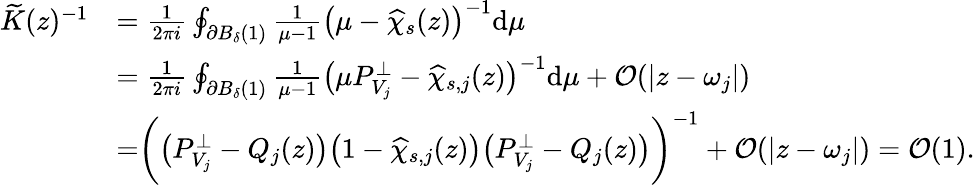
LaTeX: \begin{array}{rl}{\widetilde{K}(z)^{-1}}&{=\frac{1}{2\pi i}\oint_{\partial B_{\delta}(1)}\frac{1}{\mu-1}\bigr(\mu-\widehat{\chi}_{s}(z)\bigr)^{-1}\mathrm{d}\mu}\\ &{=\frac{1}{2\pi i}\oint_{\partial B_{\delta}(1)}\frac{1}{\mu-1}\bigr(\mu P_{V_{j}}^{\perp}-\widehat{\chi}_{s,j}(z)\bigr)^{-1}\mathrm{d}\mu+\mathcal{O}(|z-\omega_{j}|)}\\ &{=\biggr(\bigr(P_{V_{j}}^{\perp}-Q_{j}(z)\bigr)\bigr(1-\widehat{\chi}_{s,j}(z)\bigr)\bigr(P_{V_{j}}^{\perp}-Q_{j}(z)\bigr)\biggr)^{-1}+\mathcal{O}(|z-\omega_{j}|)=\mathcal{O}(1).}\end{array}